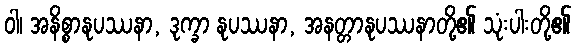
ဝါ၊ အနိစ္စာနုပဿနာ, ဒုက္ခာ နုပဿနာ, အနတ္တာနုပဿနာတို့၏ သုံးပါးတို့၏